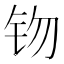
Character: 䥼